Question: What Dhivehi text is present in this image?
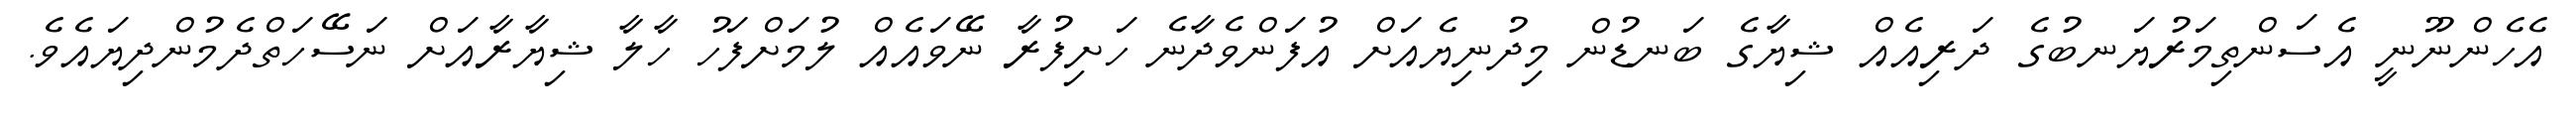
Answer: އެހެންނޫނީ އެސަންތިމަރުޔަނބުގެ ދަރިއެއް ޝިޔާގެ ބަނޑުން މިދުނިޔެއަށް އުފަންވެދާނެ ހަށިފުރާ ނޭވައެއް ލުމަށްފަހު ހާލާ ޝިޔާރާއަށް ނަސޭހަތްދެމުންދިޔައެވެ.